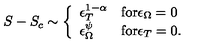
S - S _ { c } \sim \left\{ \begin{array} { l l } { \epsilon _ { T } ^ { 1 - \alpha } } & { \mathrm { f o r } \epsilon _ { \Omega } = 0 } \\ { \epsilon _ { \Omega } ^ { \psi } } & { \mathrm { f o r } \epsilon _ { T } = 0 . } \\ \end{array} \right.